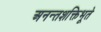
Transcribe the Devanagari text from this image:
अनन्तशक्तिभूते